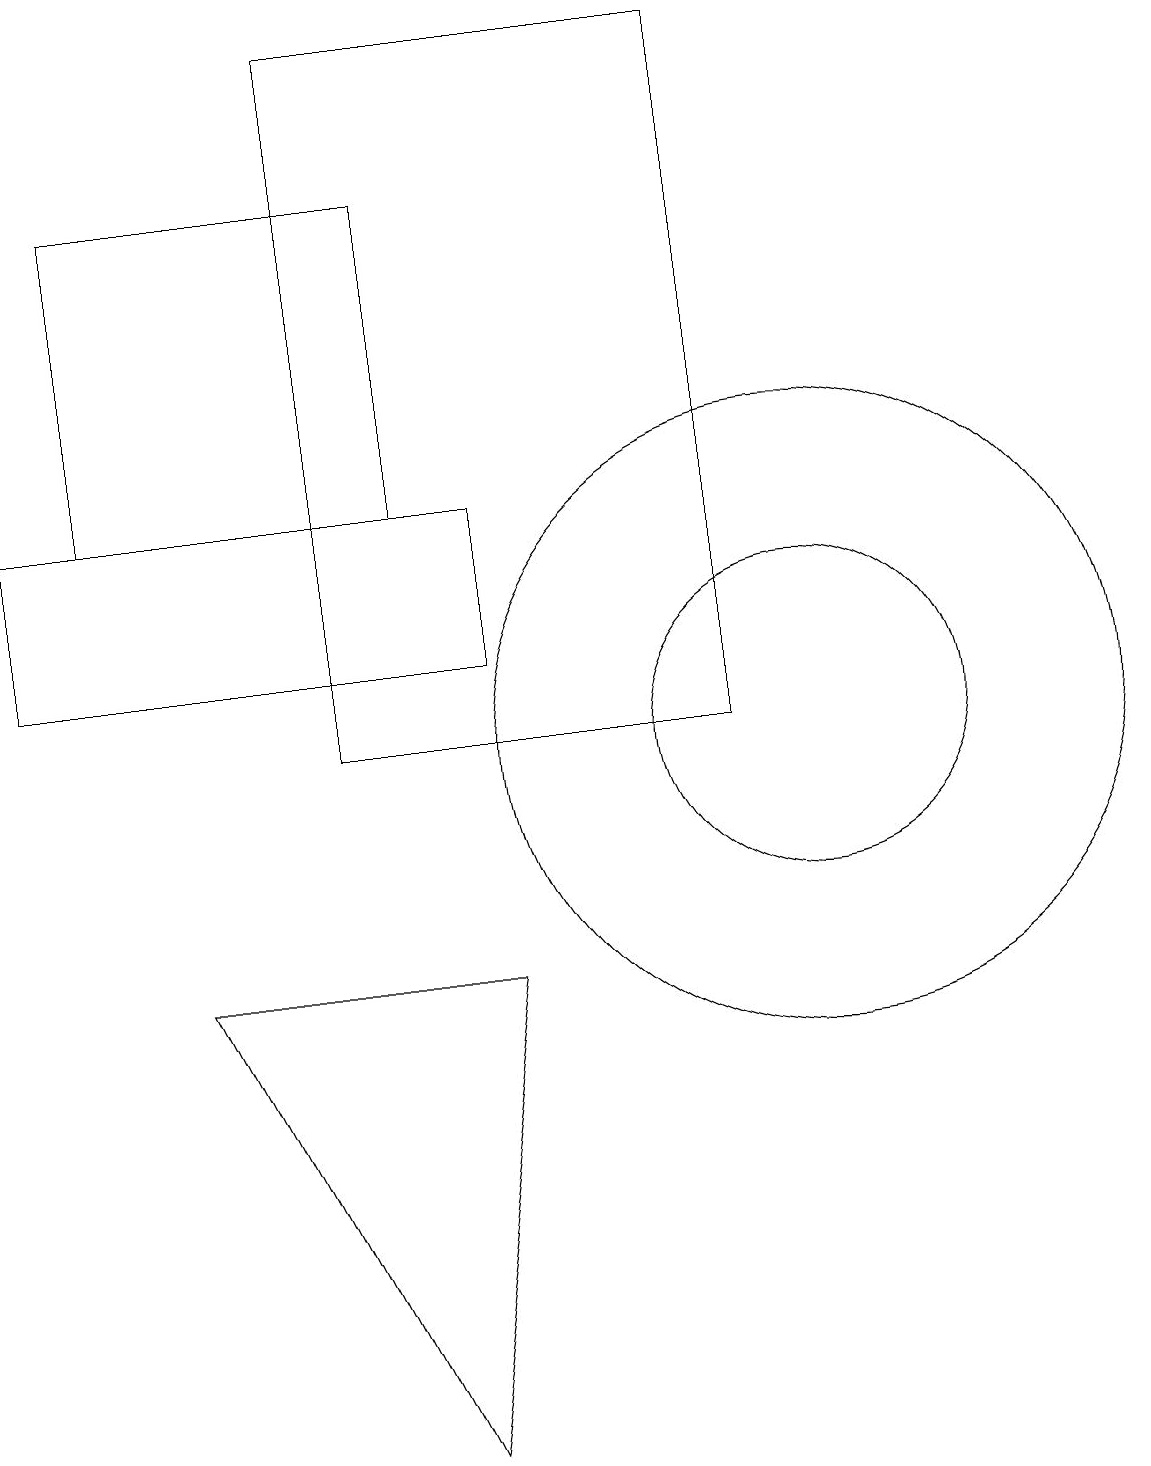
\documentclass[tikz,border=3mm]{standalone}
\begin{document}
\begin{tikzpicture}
\draw (6,7) -- (2,7) -- (5,1) -- cycle;
\draw (1,13) rectangle (5,17);
\draw (0,13) rectangle (6,11);
\draw (10,10) circle (4);
\draw (4,19) rectangle (9,10);
\draw (10,10) circle (2);
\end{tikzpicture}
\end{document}